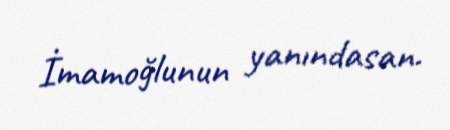
İmamoğlunun yanındasan.